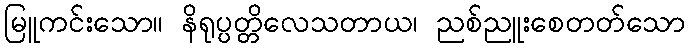
မြူကင်းသော။ နိရုပ္ပတ္တိလေသတာယ၊ ညစ်ညူးစေတတ်သော